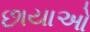
છાયાઓ